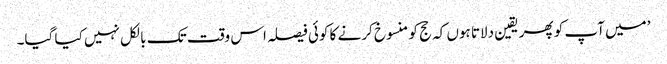
’میں آپ کو پھر یقین دلاتا ہوں کہ حج کو منسوخ کرنے کا کوئی فیصلہ اس وقت تک بالکل نہیں کیا گیا۔